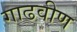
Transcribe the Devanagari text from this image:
गाढवीण